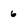
Character: 6